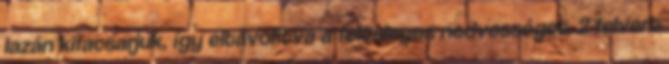
lazán kifacsarjuk, így eltávolítva a felesleges nedvességet. 2 felvert